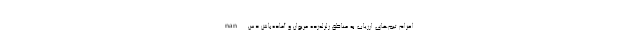
nan اعزام تیم‌های ارزیاب به مناطق زلزله‌زده مریوان و آماده‌باش دس